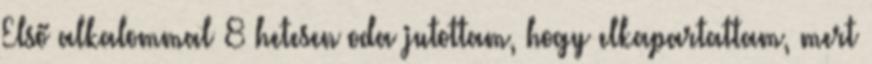
Első alkalommal 8 hetesen oda jutottam, hogy elkapartattam, mert